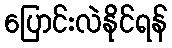
ပြောင်းလဲနိုင်ရန်